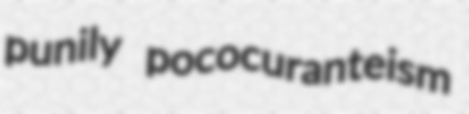
punily pococuranteism